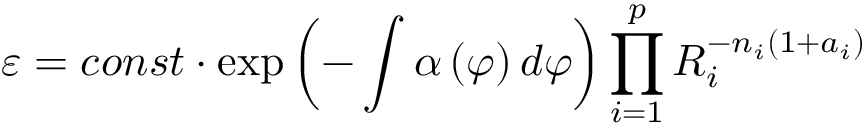
\varepsilon = c o n s t \cdot \exp \left( - \int \alpha \left( \varphi \right) d \varphi \right) \prod _ { i = 1 } ^ { p } R _ { i } ^ { - n _ { i } ( 1 + a _ { i } ) }